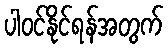
ပါဝင်နိုင်ရန်အတွက်